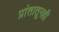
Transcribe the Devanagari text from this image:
प्रांतातूनही